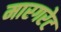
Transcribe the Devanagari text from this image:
मारगरेट